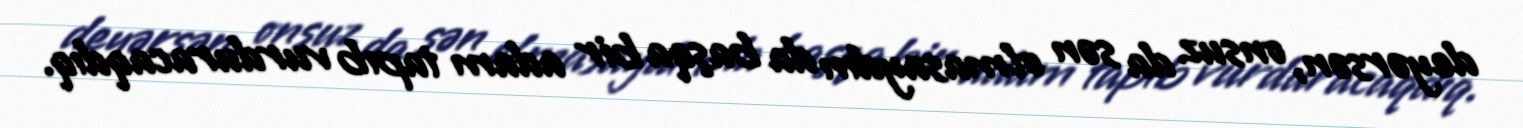
deyərsən, onsuz da sən olmasaydın da başqa bir adam tapıb vurduracaqdıq.